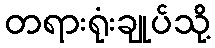
တရားရုံးချုပ်သို့